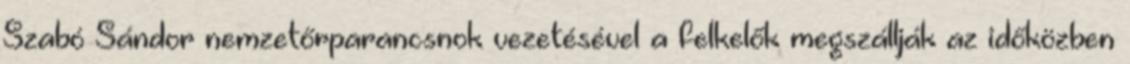
Szabó Sándor nemzetőrparancsnok vezetésével a felkelők megszállják az időközben